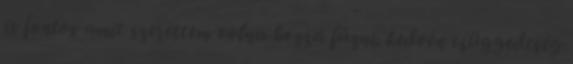
is fontos amit szerettem volna hozzá fűzni. kedvén csüggedtség